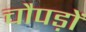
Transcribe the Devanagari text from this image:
चौपड़ों